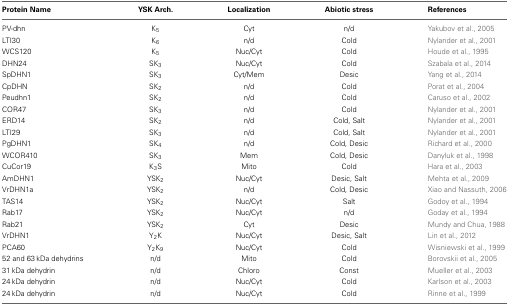
<table><thead><tr><td><b>Protein Name</b></td><td><b>YSK Arch.</b></td><td><b>Localization</b></td><td><b>Abiotic stress</b></td><td><b>References</b></td></tr></thead><tbody><tr><td>PV-dhn</td><td>K<sub>5</sub></td><td>Cyt</td><td>n/d</td><td>Yakubov et al., 2005</td></tr><tr><td>LTI30</td><td>K<sub>6</sub></td><td>n/d</td><td>Cold</td><td>Nylander et al., 2001</td></tr><tr><td>WCS120</td><td>K<sub>5</sub></td><td>Nuc/Cyt</td><td>Cold</td><td>Houde et al., 1995</td></tr><tr><td>DHN24</td><td>SK<sub>3</sub></td><td>Nuc/Cyt</td><td>Cold</td><td>Szabala et al., 2014</td></tr><tr><td>SpDHN1</td><td>SK<sub>3</sub></td><td>Cyt/Mem</td><td>Desic</td><td>Yang et al., 2014</td></tr><tr><td>CpDHN</td><td>SK<sub>2</sub></td><td>n/d</td><td>Cold</td><td>Porat et al., 2004</td></tr><tr><td>Peudhn1</td><td>SK<sub>2</sub></td><td>n/d</td><td>Cold</td><td>Caruso et al., 2002</td></tr><tr><td>COR47</td><td>SK<sub>3</sub></td><td>n/d</td><td>Cold</td><td>Nylander et al., 2001</td></tr><tr><td>ERD14</td><td>SK<sub>2</sub></td><td>n/d</td><td>Cold, Salt</td><td>Nylander et al., 2001</td></tr><tr><td>LTI29</td><td>SK<sub>3</sub></td><td>n/d</td><td>Cold, Salt</td><td>Nylander et al., 2001</td></tr><tr><td>PgDHN1</td><td>SK<sub>4</sub></td><td>n/d</td><td>Cold, Desic</td><td>Richard et al., 2000</td></tr><tr><td>WCOR410</td><td>SK<sub>3</sub></td><td>Mem</td><td>Cold, Desic</td><td>Danyluk et al., 1998</td></tr><tr><td>CuCor19</td><td>K<sub>3</sub>S</td><td>Mito</td><td>Cold</td><td>Hara et al., 2003</td></tr><tr><td>AmDHN1</td><td>YSK<sub>2</sub></td><td>Nuc/Cyt</td><td>Desic, Salt</td><td>Mehta et al., 2009</td></tr><tr><td>VrDHN1a</td><td>YSK<sub>2</sub></td><td>n/d</td><td>Cold, Desic</td><td>Xiao and Nassuth, 2006</td></tr><tr><td>TAS14</td><td>YSK<sub>2</sub></td><td>Nuc/Cyt</td><td>Salt</td><td>Godoy et al., 1994</td></tr><tr><td>Rab17</td><td>YSK<sub>2</sub></td><td>Nuc/Cyt</td><td>n/d</td><td>Goday et al., 1994</td></tr><tr><td>Rab21</td><td>YSK<sub>2</sub></td><td>Cyt</td><td>Desic</td><td>Mundy and Chua, 1988</td></tr><tr><td>VrDHN1</td><td>Y<sub>2</sub>K</td><td>Nuc/Cyt</td><td>Desic, Salt</td><td>Lin et al., 2012</td></tr><tr><td>PCA60</td><td>Y<sub>2</sub>K<sub>9</sub></td><td>Nuc/Cyt</td><td>Cold</td><td>Wisniewski et al., 1999</td></tr><tr><td>52 and 63 kDa dehydrins</td><td>n/d</td><td>Mito</td><td>Cold</td><td>Borovskii et al., 2005</td></tr><tr><td>31 kDa dehydrin</td><td>n/d</td><td>Chloro</td><td>Const</td><td>Mueller et al., 2003</td></tr><tr><td>24 kDa dehydrin</td><td>n/d</td><td>Nuc/Cyt</td><td>Cold</td><td>Karlson et al., 2003</td></tr><tr><td>24 kDa dehydrin</td><td>n/d</td><td>Nuc/Cyt</td><td>Cold</td><td>Rinne et al., 1999</td></tr></tbody></table>